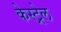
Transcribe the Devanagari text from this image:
केस्ट्रेल